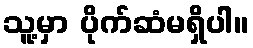
သူ့မှာ ပိုက်ဆံမရှိပါ။